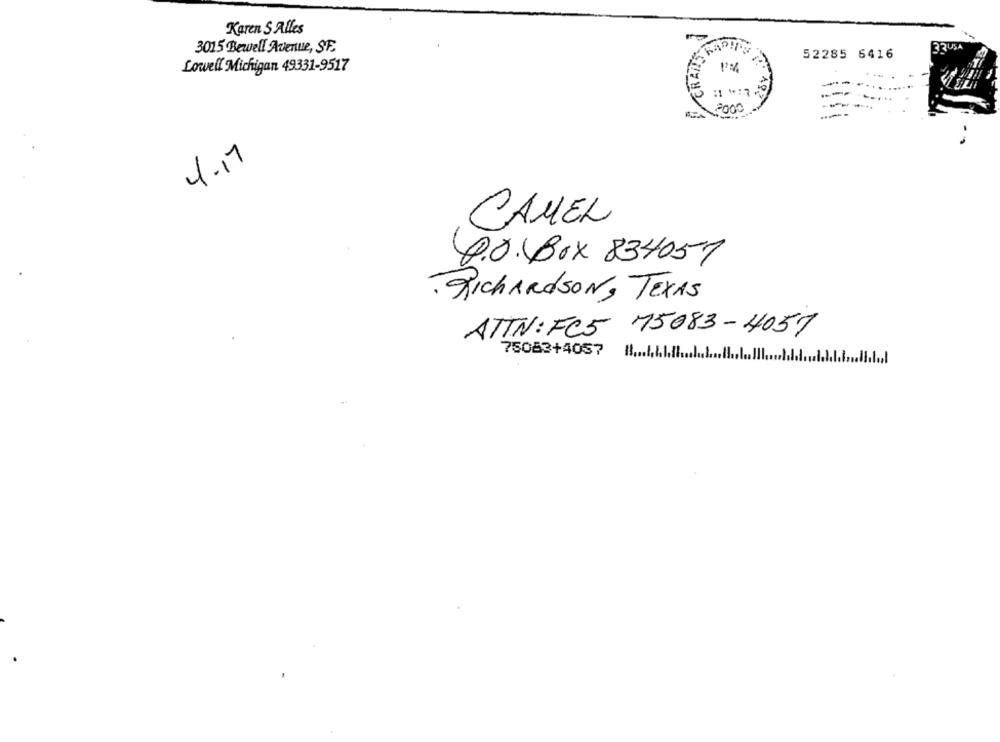
Karen S Alles
3015 Bewell Avenue, SE,
RAILS
52285 6416
Lowell Michigan 49331-9517
ER
2000
4.17
CAMEL
D.O.Box 834051
. RICHARDSON, TEXAS
ATTN: FC5 75083-4057
75083+4057 1 .....